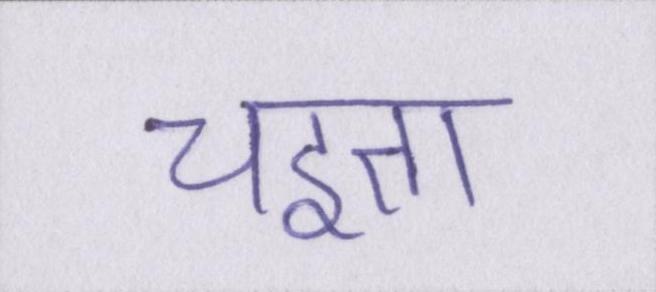
चइता